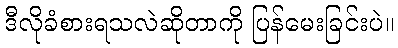
ဒီလိုခံစားရသလဲဆိုတာကို ပြန်မေးခြင်းပဲ။